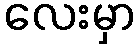
လေးမှာ